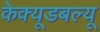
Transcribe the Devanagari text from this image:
केक्यूडबल्यू